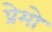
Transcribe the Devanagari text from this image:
प्रेमो